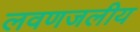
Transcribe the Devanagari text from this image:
लवणजलीय